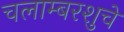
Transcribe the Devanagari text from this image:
चलाम्बरशुचे